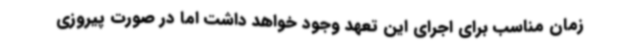
زمان مناسب برای اجرای این تعهد وجود خواهد داشت اما در صورت پیروزی